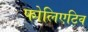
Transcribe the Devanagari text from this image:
फोलिएटिव